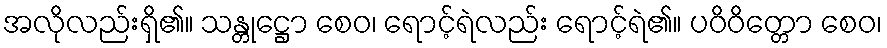
အလိုလည်းရှိ၏။ သန္တုဋ္ဌော စေဝ၊ ရောင့်ရဲလည်း ရောင့်ရဲ၏။ ပဝိဝိတ္တော စေဝ၊